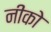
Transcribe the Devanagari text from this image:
नीको